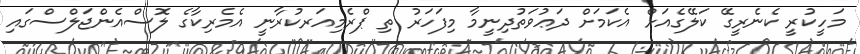
މަހީކުރީ ކެނެރީގޭ ކަލޭގެއަށް އެކަމަށް ދަޢުވަތުދިނީމާ މިފަހަރު ތި ޕްރެމިއަރކުރާނީ އެމެރިކާގެ ލޮސްއެންޖަލްސްގައި